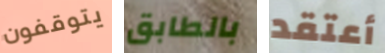
يتوقفون بالطابق أعتقد